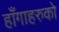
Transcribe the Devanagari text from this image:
हाँगाहरुको